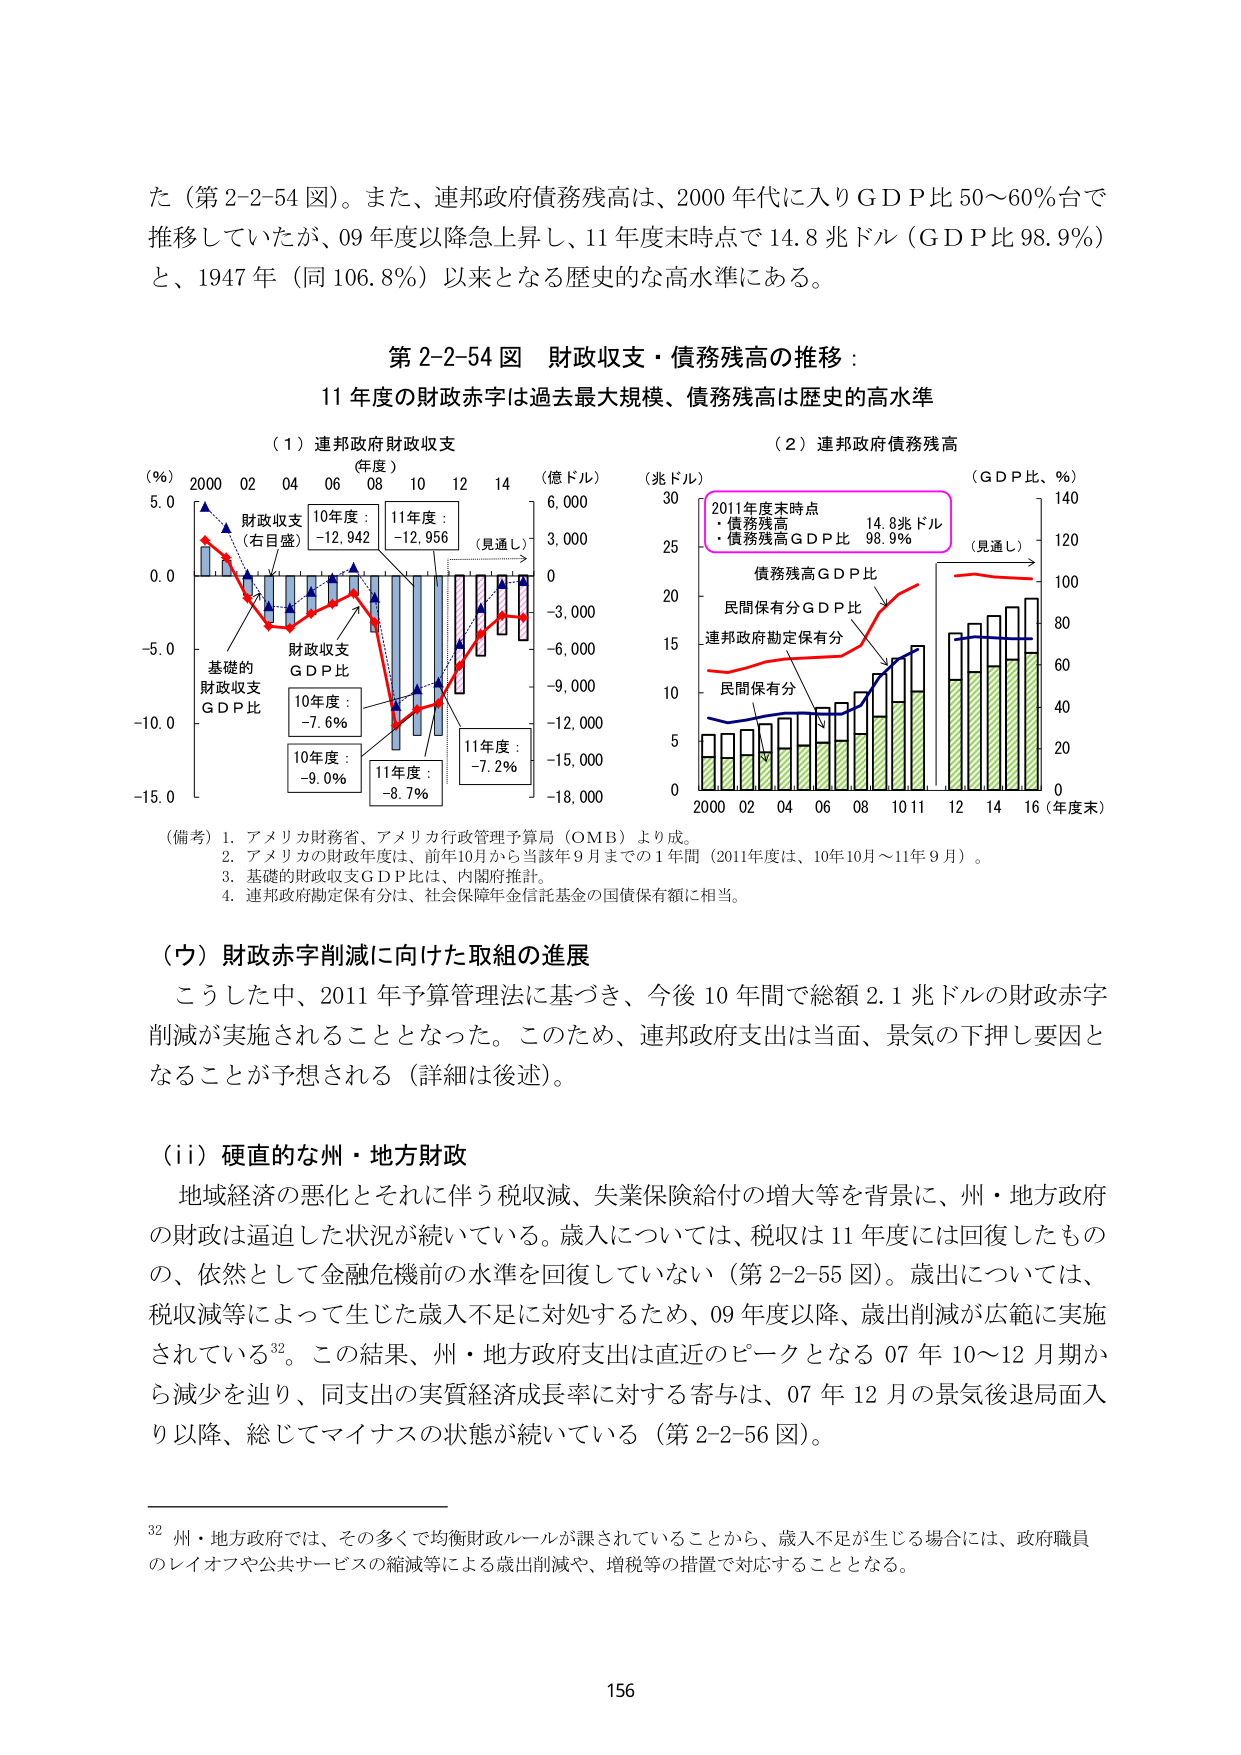
た（第2-2-54図）。また、連邦政府債務残高は、2000年代に入りＧＤＰ比50～60％台で推移していたが、09年度以降急上昇し、11年度末時点で14.8兆ドル（ＧＤＰ比98.9％）と、1947年（同106.8％）以来となる歴史的な高水準にある。

第2-2-54図 財政収支・債務残高の推移：
11年度の財政赤字は過去最大規模、債務残高は歴史的高水準

（1）連邦政府財政収支
（年度）
（％）
2000 02 04 06 08 10 12 14
（億ドル）
5.0
10年度：財政収支（右目盛）-12,942
11年度：-12,956
（見通し）
0.0
財政収支ＧＤＰ比
10年度：-7.6％
11年度：-8.7％
-5.0
基礎的財政収支ＧＤＰ比
10年度：-9.0％
-10.0
-15.0
0
3,000
-3,000
-6,000
-9,000
-12,000
-15,000
-18,000

（2）連邦政府債務残高
（兆ドル）
（ＧＤＰ比、％）
30
2011年度末時点
・債務残高 14.8兆ドル
・債務残高ＧＤＰ比 98.9％
（見通し）
25
債務残高ＧＤＰ比
20
民間保有分ＧＤＰ比
連邦政府勘定保有分
15
民間保有分
10
5
0
2000 02 04 06 08 10 11 12 14 16（年度末）
140
120
100
80
60
40
20
0

（備考）1. アメリカ財務省、アメリカ行政管理予算局（OMB）より成。
2. アメリカの財政年度は、前年10月から当該年9月までの1年間（2011年度は、10年10月～11年9月）。
3. 基礎的財政収支ＧＤＰ比は、内閣府推計。
4. 連邦政府勘定保有分は、社会保障年金信託基金の国債保有額に相当。

（ウ）財政赤字削減に向けた取組の進展
こうした中、2011年予算管理法に基づき、今後10年間で総額2.1兆ドルの財政赤字削減が実施されることとなった。このため、連邦政府支出は当面、景気の下押し要因となることが予想される（詳細は後述）。

（ii）硬直的な州・地方財政
地域経済の悪化とそれに伴う税収減、失業保険給付の増大等を背景に、州・地方政府の財政は逼迫した状況が続いている。歳入については、税収は11年度には回復したもの、依然として金融危機前の水準を回復していない（第2-2-55図）。歳出については、税収減等によって生じた歳入不足に対処するため、09年度以降、歳出削減が広範に実施されている32。この結果、州・地方政府支出は直近のピークとなる07年10～12月期から減少を辿り、同支出の実質経済成長率に対する寄与は、07年12月の景気後退局面入り以降、総じてマイナスの状態が続いている（第2-2-56図）。

32 州・地方政府では、その多くで均衡財政ルールが課されていることから、歳入不足が生じる場合には、政府職員のレイオフや公共サービスの縮減等による歳出削減や、増税等の措置で対応することとなる。

156